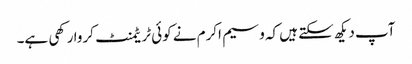
آپ دیکھ سکتے ہیں کہ وسیم اکرم نے کوئی ٹریٹمنٹ کروا رکھی ہے۔